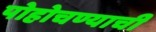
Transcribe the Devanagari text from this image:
पोहोचण्याची